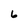
Character: 6